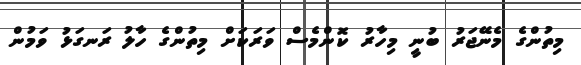
މިތުންގެ މެނޭޖަރު ބުނީ މިހާރު ކޮންމެސް ވަރަކަށް މިތުންގެ ހާލު ރަނގަޅު ވަމުން